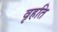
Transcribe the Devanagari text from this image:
वृहति